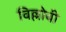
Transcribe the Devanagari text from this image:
विल्लोबी